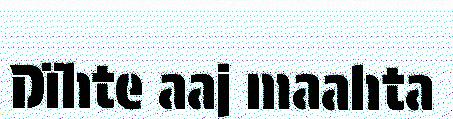
Dïhte aaj maahta